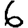
Digit: 6